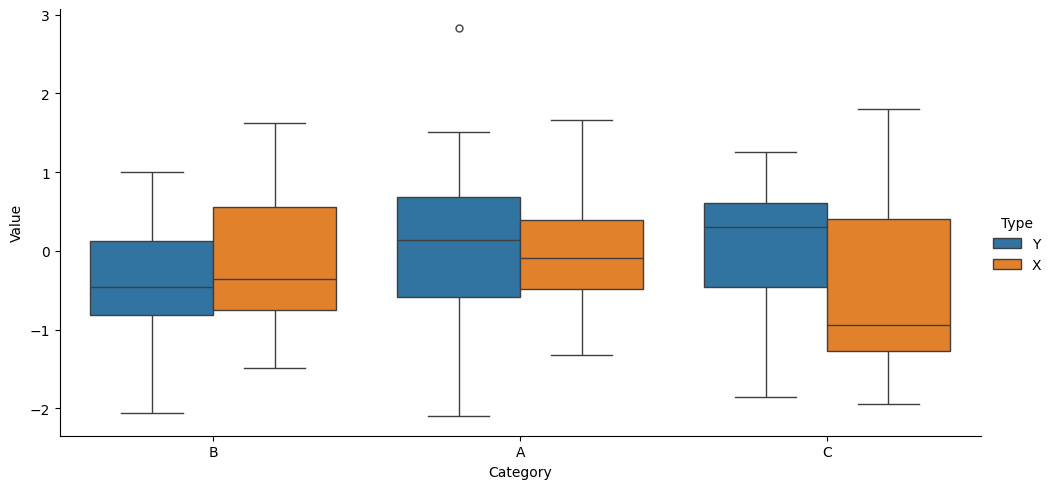
python, seaborn, catplot, kind='box', height=5, aspect=2